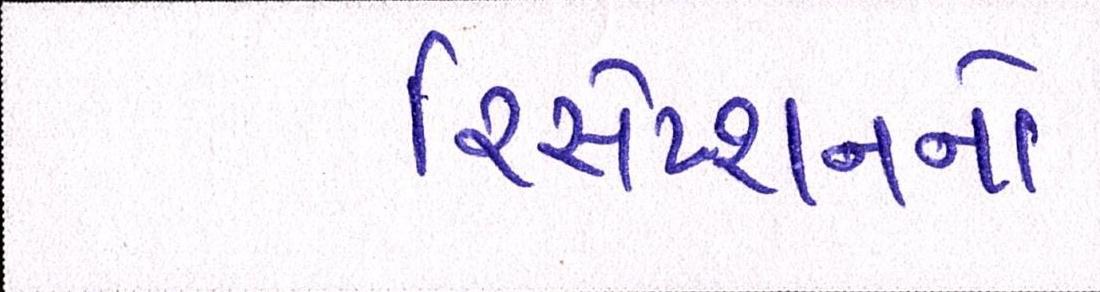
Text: રિસેપ્શનનો